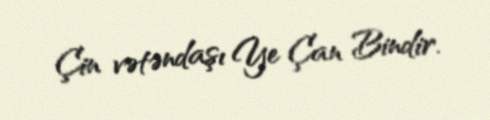
Çin vətəndaşı Ye Çan Bindir.